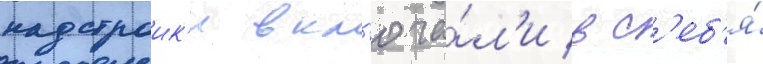
надстроик'и вкл'юча́л'и в с'еб'я́